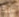
هذا